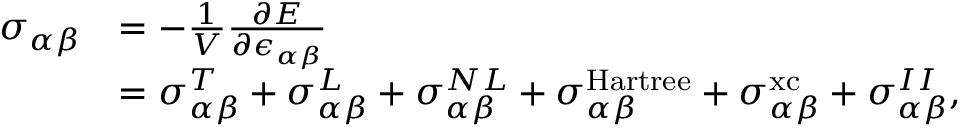
\begin{array} { r l } { \sigma _ { \alpha \beta } } & { = - \frac { 1 } { V } \frac { \partial E } { \partial \epsilon _ { \alpha \beta } } } \\ & { = \sigma _ { \alpha \beta } ^ { T } + \sigma _ { \alpha \beta } ^ { L } + \sigma _ { \alpha \beta } ^ { N L } + \sigma _ { \alpha \beta } ^ { \mathrm { H a r t r e e } } + \sigma _ { \alpha \beta } ^ { \mathrm { x c } } + \sigma _ { \alpha \beta } ^ { I I } , } \end{array}